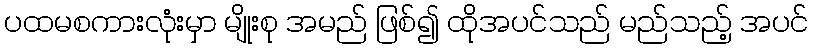
ပထမစကားလုံးမှာ မျိုးစု အမည် ဖြစ်၍ ထိုအပင်သည် မည်သည့် အပင်